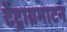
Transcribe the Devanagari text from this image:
टेट्राग्रमाटन